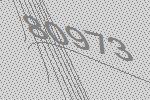
80973